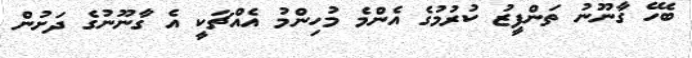
ބެހޭ ގާނޫނު ތަންފީޒު ކުރުމުގެ އެންމެ މުހިންމު އެއްޗަކީ އެ ގާނޫނުގެ ދަށުން